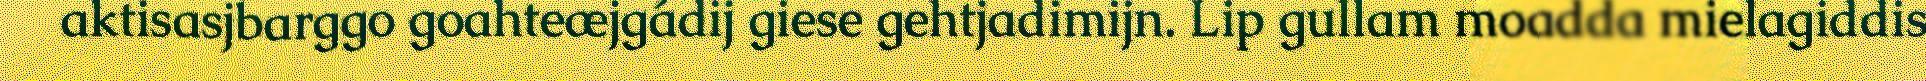
aktisasjbarggo goahteæjgádij giese gehtjadimijn. Lip gullam moadda mielagiddis